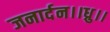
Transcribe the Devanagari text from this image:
जनार्दन।।ध्रु।।